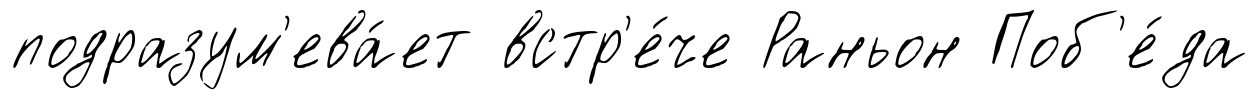
подразум'ева́ет встр'е́че Раньон Поб'е́да